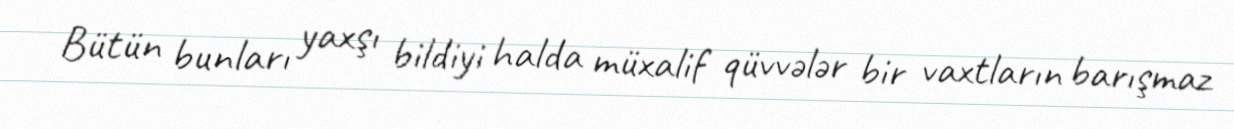
Bütün bunları yaxşı bildiyi halda müxalif qüvvələr bir vaxtların barışmaz